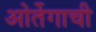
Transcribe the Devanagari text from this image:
ओर्तेगाची